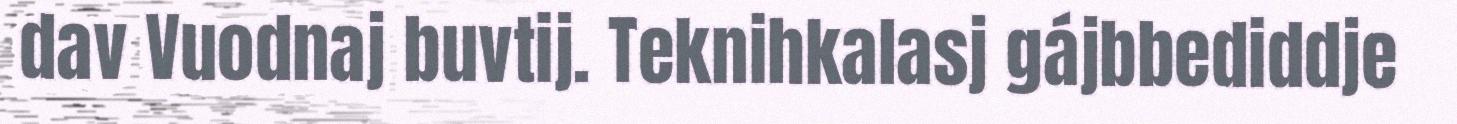
dav Vuodnaj buvtij. Teknihkalasj gájbbediddje